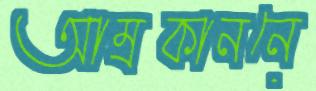
আম্রকাননে